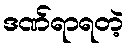
ဒဏ်ရာရတဲ့